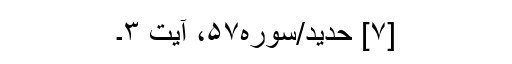
[۷] حدید/سوره۵۷، آیت ۳۔